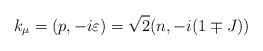
\begin{align*}k_{\mu}=(p,-i\varepsilon)=\sqrt{2}(n,-i(1\mp J))\end{align*}